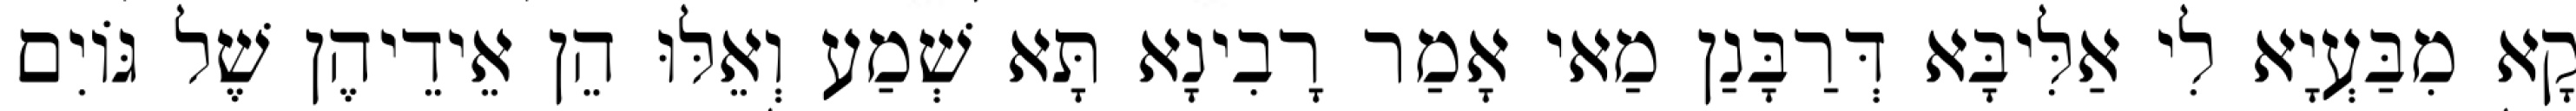
קָא מִבַּעְיָא לִי אַלִּיבָּא דְּרַבָּנַן מַאי אָמַר רָבִינָא תָּא שְׁמַע וְאֵלּוּ הֵן אֵידֵיהֶן שֶׁל גּוֹיִם